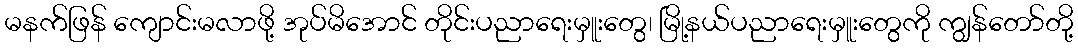
မနက်ဖြန် ကျောင်းမလာဖို့ အုပ်မိအောင် တိုင်းပညာရေးမှူးတွေ၊ မြို့နယ်ပညာရေးမှူးတွေကို ကျွန်တော်တို့